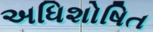
અધિશોષિત